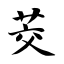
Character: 茭